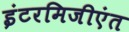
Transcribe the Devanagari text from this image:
इंटरमिजीएंत